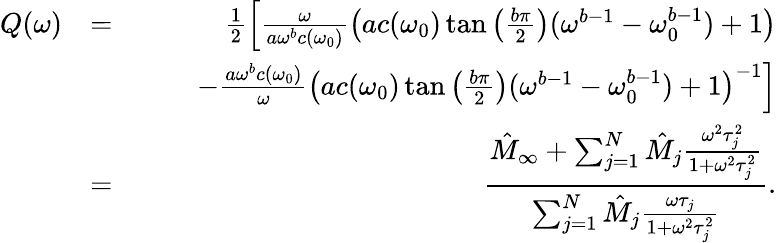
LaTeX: \begin{array}{rlr}{Q(\omega)}&{=}&{\frac{1}{2}\left[\frac{\omega}{a\omega^{b}c(\omega_{0})}\left(ac(\omega_{0})\tan\left(\frac{b\pi}{2}\right)(\omega^{b-1}-\omega_{0}^{b-1})+1\right)\right.}\\ &{}&{\left.\qquad-\frac{a\omega^{b}c(\omega_{0})}{\omega}\left(ac(\omega_{0})\tan\left(\frac{b\pi}{2}\right)(\omega^{b-1}-\omega_{0}^{b-1})+1\right)^{-1}\right]}\\ &{=}&{\displaystyle\frac{\hat{M}_{\infty}+\sum_{j=1}^{N}\hat{M}_{j}\frac{\omega^{2}\tau_{j}^{2}}{1+\omega^{2}\tau_{j}^{2}}}{\sum_{j=1}^{N}\hat{M}_{j}\frac{\omega\tau_{j}}{1+\omega^{2}\tau_{j}^{2}}}.}\end{array}